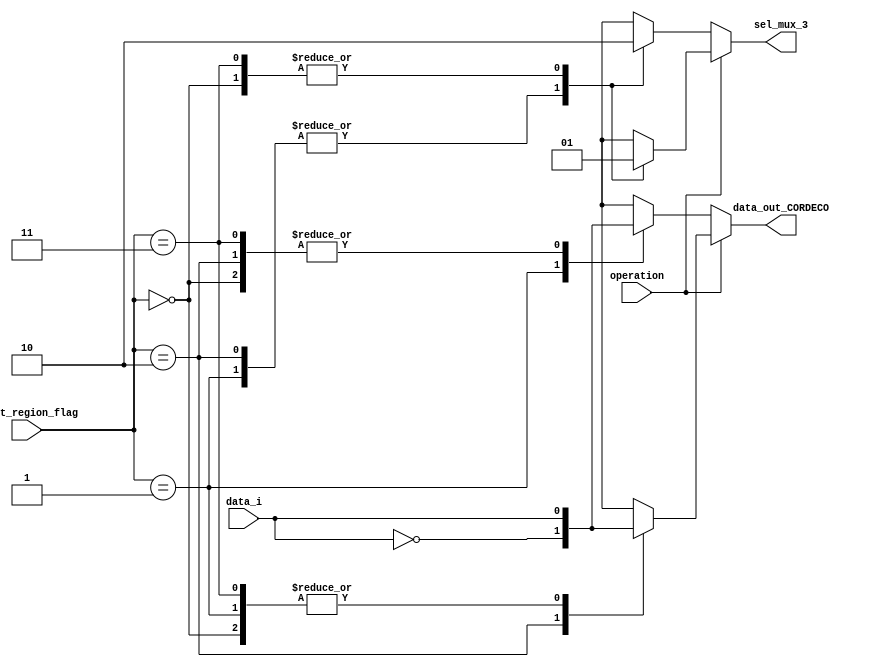
//==================================================================================================
//  Revision      : 
//  Company       : Instituto Tecnologico de Costa Rica
//
//  Description   : 
//
//
//==================================================================================================

`timescale 1ns / 1ps


module DECO_CORDIC_EXT2 (
   input wire         data_i,
   input wire         operation,
   input wire [1:0]   shift_region_flag,
   output reg         sel_mux_3,
   output reg         data_out_CORDECO
 ); 


   always @(*) begin
     if(operation == 1'b0)
        begin  //COSENO
          case (shift_region_flag)
            2'b00  : begin
                        sel_mux_3 = 1'b0;
                        data_out_CORDECO = data_i;
                     end
            2'b01  : begin
                        sel_mux_3 = 1'b1;
                        data_out_CORDECO = ~data_i;
                     end
            2'b10  : begin
                        sel_mux_3 = 1'b1;
                        data_out_CORDECO = data_i;
                     end
            2'b11  : begin
                        sel_mux_3 = 1'b0;
                        data_out_CORDECO = data_i;
                     end
          endcase
        end
      else begin  ///SENO
          case (shift_region_flag)
            2'b00  : begin
                        sel_mux_3 = 1'b1;
                        data_out_CORDECO = data_i;
                     end
            2'b01  : begin
                        sel_mux_3 = 1'b0;
                        data_out_CORDECO = data_i;
                     end
            2'b10  : begin
                        sel_mux_3 = 1'b0;
                        data_out_CORDECO = ~data_i;
                     end
            2'b11  : begin
                        sel_mux_3 = 1'b1;
                        data_out_CORDECO = data_i;
                     end 
          endcase
      end
   end


endmodule